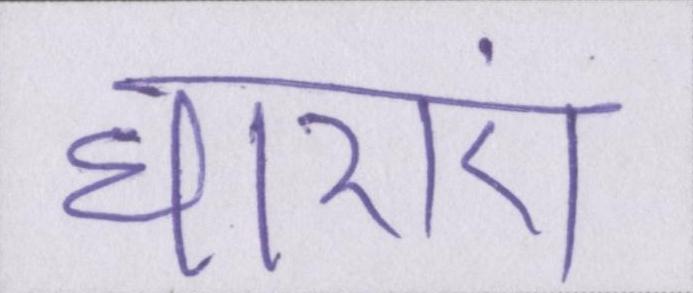
धाराएं